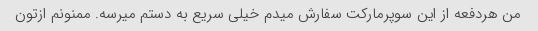
من هردفعه از این سوپرمارکت سفارش میدم خیلی سریع به دستم میرسه. ممنونم ازتون